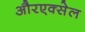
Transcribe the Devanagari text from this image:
औरएक्सेल